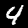
Digit: 4